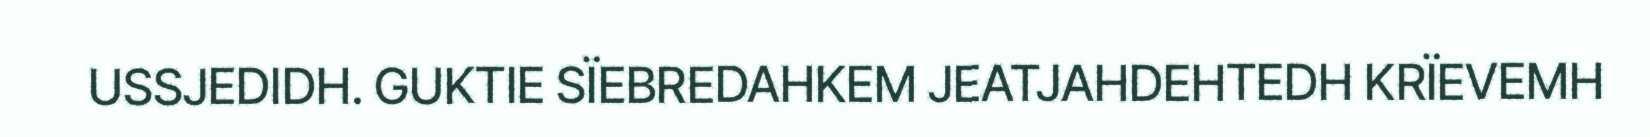
USSJEDIDH. GUKTIE SÏEBREDAHKEM JEATJAHDEHTEDH KRÏEVEMH